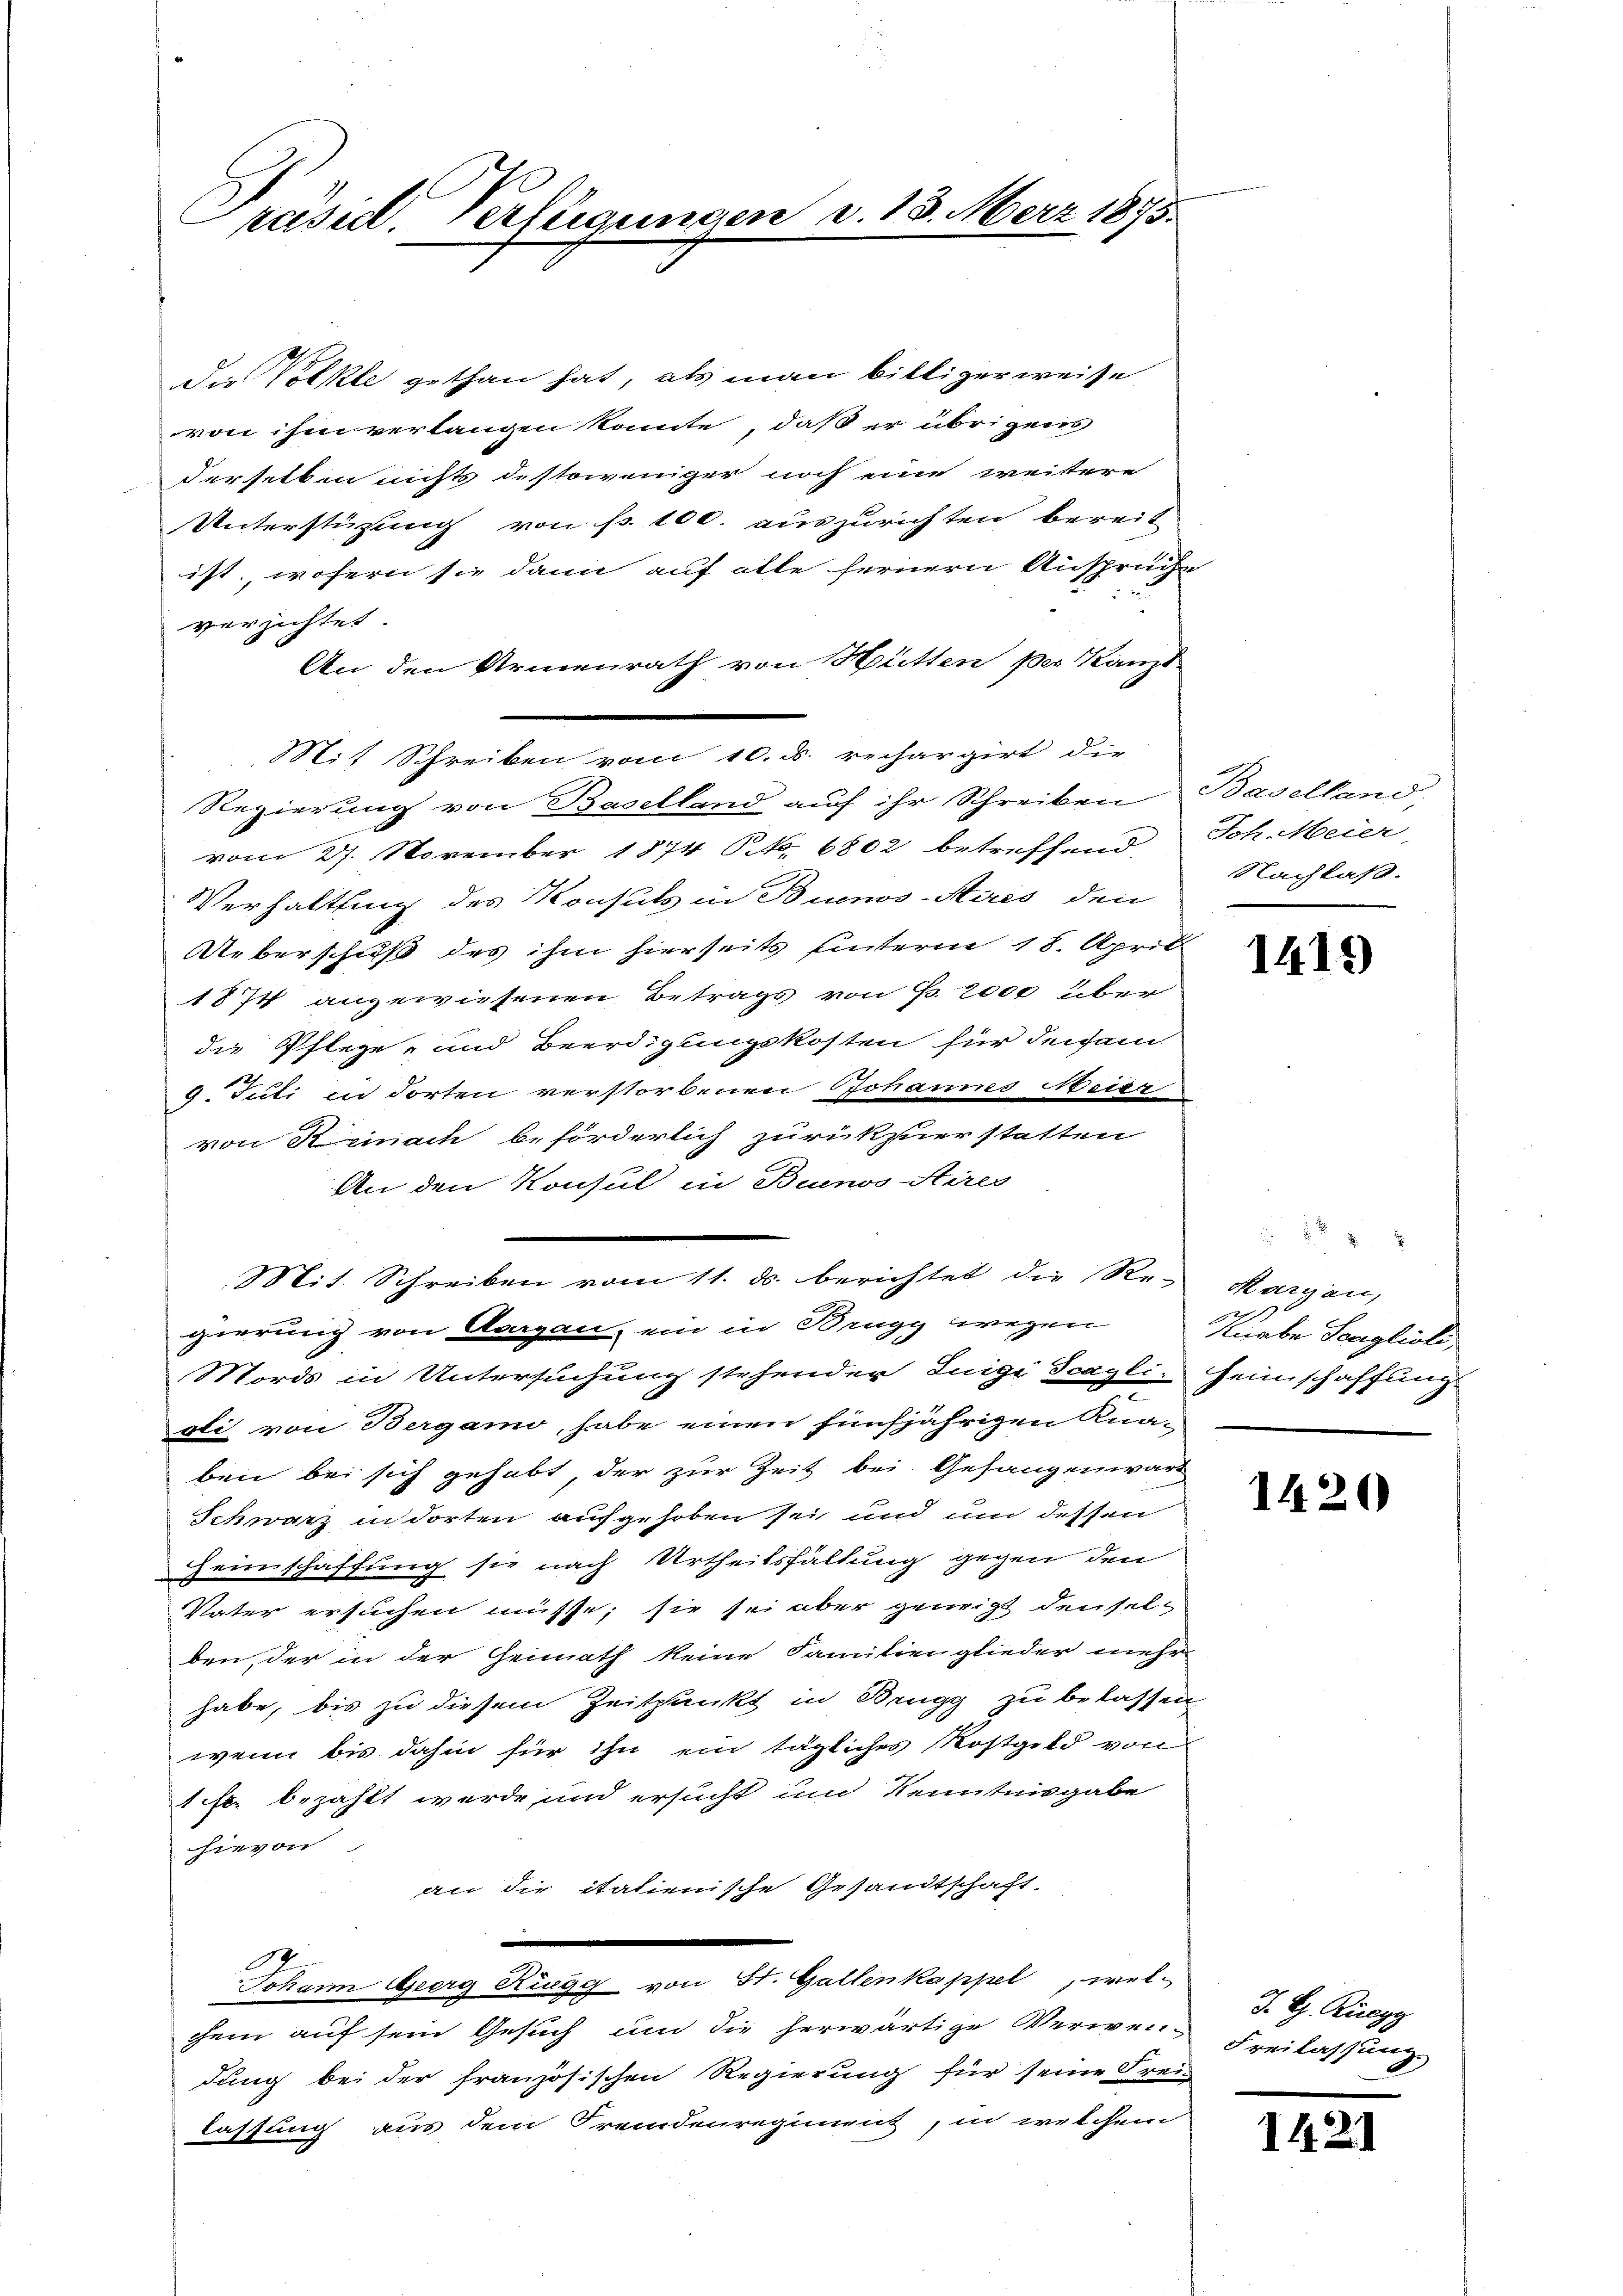
Präsid. Verfügungen

Die Volke gethan hat, als man billigerweise
von ihm verlangen könnte, daß er übrigens
derselben nichts destoweniger noch eine weitere
Unterstüzung von fr. 100. auszurichten bereit
ist, wofern sie dann auf alle fernern Ansprüche
verzichtet.
An den Armenrath von Hütten per Kanz
Regierung von Baselland auf ihr Schreiben Baselland,
vom 27. November 1874. S. 6802 betreffend Joh. Meier
Verhaltung des Konsuls in Buenos-Aires den
Ueberschuß des ihm hierseits hinterm 18. Aprill
1874 angewiesenen Betrags von Fr. 2000 über
die Pflege- und Beerdigungskosten für deisam
9. Juli in dorten verstorbenen Johannes Meide
von Kemnach beförderlich zurückzuerstatten
An den Konsul in Buenos-Sires
Mit Schreiben vom 11. ds. berichtet die Re-Kargau,
gierung von Aargau, ein in Brugg wegen Niebe Scaglioli,
Mords in Untersuchung stehender Luigi Scayli-Heimschaffung
u
oli von Bergamo, habe einen fünfjährigen Knaben bei sich gehabt, der zur Zeit bei Gefangenwärt
Schwarz in dorten aufgehoben sei und un dessen
Heimschaffung sie nach Urtheilsfällung gegen den
Vater ersuchen müsse; sie sei aber geneigt denselben, der in der Heimath keine Familienglieder mehr
habe, bis zu diesem Zeitpunkt in Brugg zu belassen
wenn bis dahin für ihn ein tägliches Kostgeld von
1 Fr. bezahlt werde und ersucht und Kenntnisgabe
hievon
an die italienische Gesandtschaft.
Johann Georg Ringg von St. Gallenkappel, wel-
cem auf sein Gesuch und die herwärtige Verwendung bei der französischen Regierung für seine Frei-
lassung aus dem Fremdenregiment, in welchem

Mit Schreiben vom 10. d. rechargirt die

v. 18. März 1875.

Nachlaß.

1419

h

1420

J. G. Rüegg
Freilassung

14.2.1